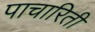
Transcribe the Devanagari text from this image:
पाचारिती